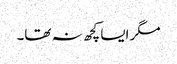
مگر ایسا کچھ نہ تھا۔